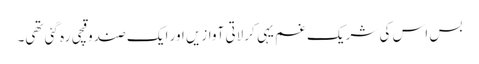
بس اس کی شریک غم یہی کرلاتی آوازیں اور ایک صندوقچی رہ گئی تھی۔